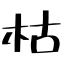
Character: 枯